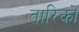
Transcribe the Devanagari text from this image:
तारिकों